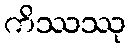
ကိဿဿု